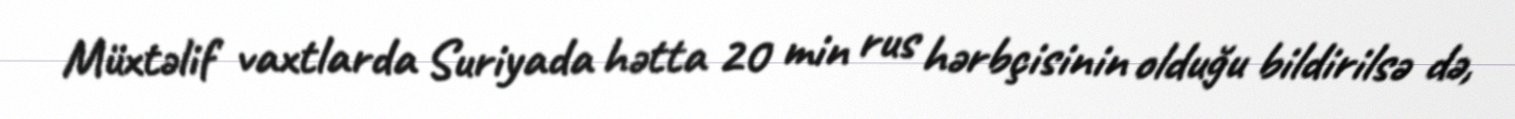
Müxtəlif vaxtlarda Suriyada hətta 20 min rus hərbçisinin olduğu bildirilsə də,